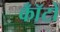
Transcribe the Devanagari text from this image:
कॉँटों